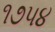
૧૭૫૪